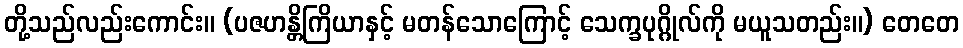
တို့သည်လည်းကောင်း။ (ပဇဟန္တိကြိယာနှင့် မတန်သောကြောင့် သေက္ခပုဂ္ဂိုလ်ကို မယူသတည်း။) တေတေ